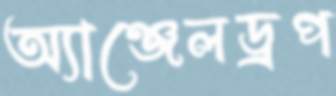
অ্যাঞ্জেলড্রপ